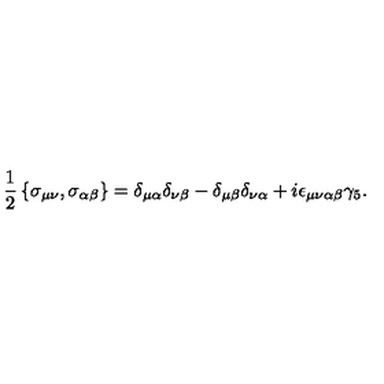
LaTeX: \frac { 1 } { 2 } \left\{ \sigma _ { \mu \nu } , \sigma _ { \alpha \beta } \right\} = \delta _ { \mu \alpha } \delta _ { \nu \beta } - \delta _ { \mu \beta } \delta _ { \nu \alpha } + i \epsilon _ { \mu \nu \alpha \beta } \gamma _ { 5 } .